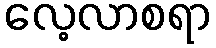
လေ့လာစရာ